Civil Veterinary Department Bihar reports 1936-40 - 1936-1940
Year: 1936
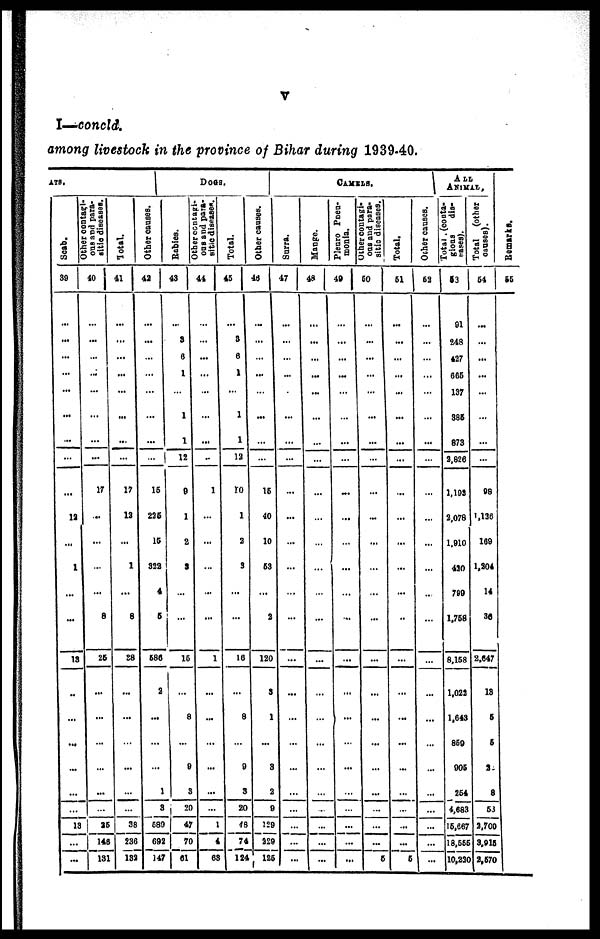
V
I—concld.
among livestock in the province of Bihar during 1939-40.
ATS.
Scab.
39
...
...
...
...
...
...
...
...
...
12
...
1
...
...
13
..
...
...
...
...
...
13
...
...
ous and para-
gitio diseases.
40
...
...
...
...
...
...
...
...
17
...
...
...
...
8
25
...
...
...
...
...
...
25
146
131
Total.
41
...
...
...
...
...
...
...
...
17
12
...
1
...
8
38
...
...
...
...
...
...
38
236
133
Does.
Other causes.
42
...
...
...
...
...
...
...
...
15
225
15
322
4
5
586
2
...
...
...
1
3
580
692
147
Babies.
43
...
3
6
1
...
1
1
12
9
1
2
3
...
...
15
...
8
...
9
3
20
47
70
61
ous
and para-
sitic diseases.
44
...
...
...
...
...
...
...
..
1
...
...
...
...
...
1
...
...
...
...
...
...
1
4
63
Total.
45
...
3
6
1
...
1
1
12
10
1
2
3
...
...
16
...
8
...
9
3
20
48
74
124
Other canses.
46
...
...
...
...
...
...
...
...
15
40
10
53
...
2
120
3
1
...
3
2
9
129
229
125
Surra.
47
...
...
...
...
...
...
...
...
...
...
...
...
...
...
...
...
...
...
...
...
...
...
...
...
CAMELS.
Mange.
48
...
...
...
...
...
...
...
...
...
...
...
...
...
...
...
...
...
...
...
...
...
...
...
...
Pleuro Pneu-
monia.
49
...
...
...
...
...
...
...
...
...
...
...
...
...
...
...
...
...
...
...
...
...
...
...
...
ous
and para-
sitic diseases.
50
...
...
...
...
...
...
...
...
...
...
...
...
...
...
...
...
...
...
...
...
...
...
...
5
Total.
51
...
...
...
...
...
...
...
...
...
...
...
...
...
...
...
...
...
...
...
...
...
...
...
5
1
ALL
ANIMAL,
Other causes.
52
...
...
...
...
...
...
...
...
...
...
...
...
...
...
...
...
...
...
...
...
...
...
...
...
Total (conta-
gions
dis-
eases).
53
91
248
427
665
137
385
873
2,826
1,193
2,078
1,910
420
799
1,758
8,158
1,022
1,643
850
905
254
4,683
15,667
18,55
10,230
Total (other
causes).
54
...
...
...
...
...
...
...
...
98
1,136
169
1,204
14
30
2,647
13
5
5
2
8
53
3,700
3,915
2,570
Remarks.
55